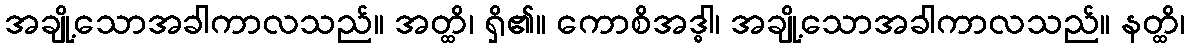
အချို့သောအခါကာလသည်။ အတ္ထိ၊ ရှိ၏။ ကောစိအဒ္ဓါ၊ အချို့သောအခါကာလသည်။ နတ္ထိ၊